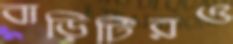
বাড়িটিরও